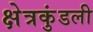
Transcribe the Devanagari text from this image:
क्षेत्रकुंडली